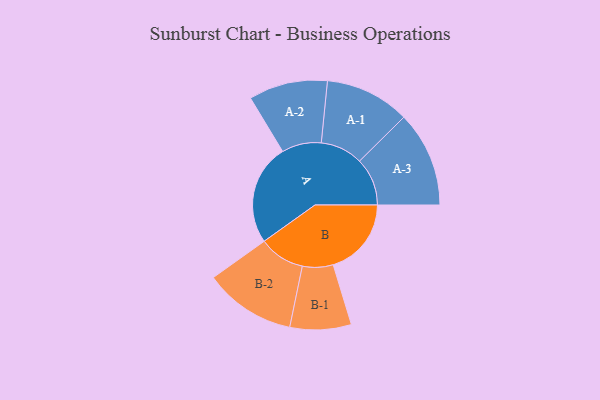
{"axis": {"x": "Segment", "y": "Value"}, "legend": ["", "A", "B"], "data": [{"x": "A", "y": 412, "type": ""}, {"x": "B", "y": 319, "type": ""}, {"x": "A-1", "y": 173, "type": "A"}, {"x": "A-2", "y": 161, "type": "A"}, {"x": "A-3", "y": 195, "type": "A"}, {"x": "B-1", "y": 125, "type": "B"}, {"x": "B-2", "y": 187, "type": "B"}]}